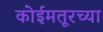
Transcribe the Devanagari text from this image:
कोईमतूरच्या